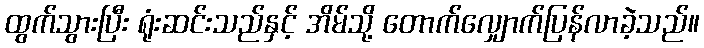
ထွက်သွားပြီး ရုံးဆင်းသည်နှင့် အိမ်သို့ တောက်လျှောက်ပြန်လာခဲ့သည်။